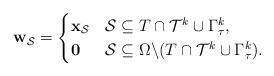
LaTeX: \begin{align*} \mathbf{w}_\mathcal{S} =\begin{cases}\mathbf{x}_{\mathcal{S}} & \mathcal{S} \subseteq T \cap \mathcal{T}^{k} \cup{\Gamma}^k_\tau,\\\mathbf{0} & \mathcal{S} \subseteq \Omega \backslash (T\cap \mathcal{T}^{k} \cup{\Gamma}^k_\tau).\end{cases}\end{align*}